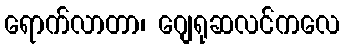
ရောက်လာတာ၊ ဂျေရုဆလင်ကလေ